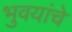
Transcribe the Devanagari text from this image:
भुवयांचे